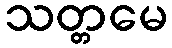
သတ္တမေ